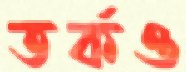
তর্কও